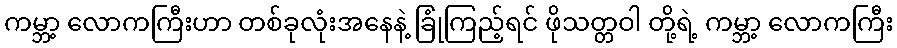
ကမ္ဘာ့ လောကကြီးဟာ တစ်ခုလုံးအနေနဲ့ ခြုံကြည့်ရင် ဖိုသတ္တဝါ တို့ရဲ့ ကမ္ဘာ့ လောကကြီး